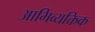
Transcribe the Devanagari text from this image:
आभिव्यक्तिक